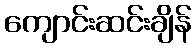
ကျောင်းဆင်းချိန်